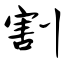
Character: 割